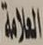
العلامة